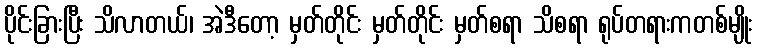
ပိုင်းခြားပြီး သိလာတယ်၊ အဲဒီတော့ မှတ်တိုင်း မှတ်တိုင်း မှတ်စရာ သိစရာ ရုပ်တရားကတစ်မျိုး